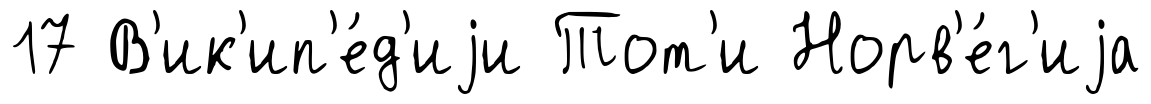
17 В'ик'ип'е́д'иjи Тот'и Норв'е́г'иjа